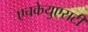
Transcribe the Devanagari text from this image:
एचकेयुएसटी